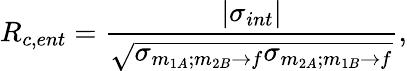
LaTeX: R_{c,ent}=\frac{\left|\sigma_{int}\right|}{\sqrt{\sigma_{m_{1A};m_{2B}\rightarrow f}\sigma_{m_{2A};m_{1B}\rightarrow f}}},